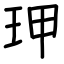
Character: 玾